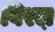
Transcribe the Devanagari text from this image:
विरल़